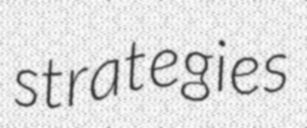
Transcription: strategies